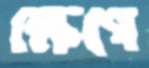
ক্ষেপে